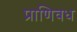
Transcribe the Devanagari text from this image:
प्राणिवध